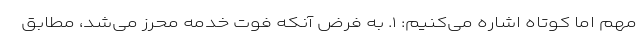
مهم اما کوتاه اشاره می‌کنیم: ۱. به فرض آنکه فوت خدمه محرز می‌شد، مطابق